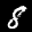
Label: 8